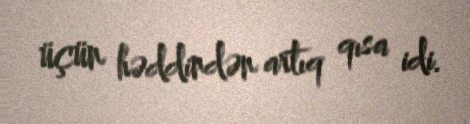
üçün həddindən artıq qısa idi.